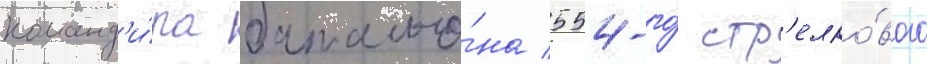
команд'и́ра батальо́на 554-го́ стр'елко́вого